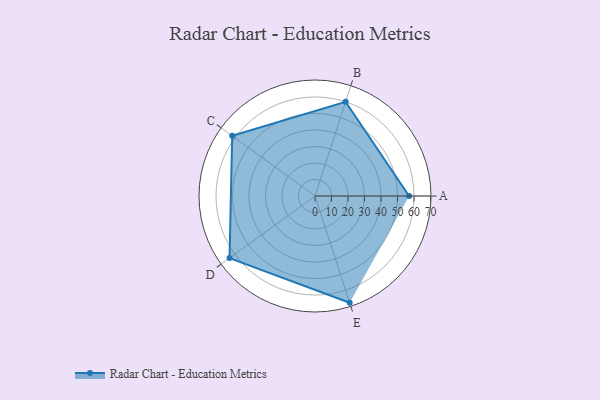
{"axis": {"x": "Skill", "y": "Score"}, "legend": ["Profile"], "data": [{"x": "A", "y": 57.0, "type": "Profile"}, {"x": "B", "y": 60.0, "type": "Profile"}, {"x": "C", "y": 62.0, "type": "Profile"}, {"x": "D", "y": 64.0, "type": "Profile"}, {"x": "E", "y": 68.0, "type": "Profile"}]}